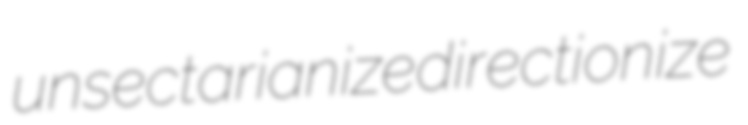
unsectarianize directionize